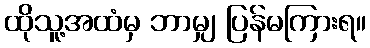
ထိုသူ့အထံမှ ဘာမျှ ပြန်မကြားရ။